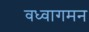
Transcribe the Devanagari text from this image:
वध्वागमन